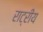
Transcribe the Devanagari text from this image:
राट्रीय